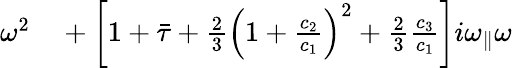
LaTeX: \begin{array}{rl}{\omega^{2}}&{{}+\left[1+\bar{\tau}+\frac{2}{3}\left(1+\frac{c_{2}}{c_{1}}\right)^{2}+\frac{2}{3}\frac{c_{3}}{c_{1}}\right]i{\omega_{\parallel}}\omega}\end{array}